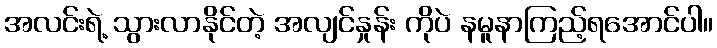
အလင်းရဲ့ သွားလာနိုင်တဲ့ အလျင်နှုန်း ကိုပဲ နမူနာကြည့်ရအောင်ပါ။